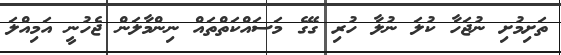
ތަށިމުށި ނުޖަހާ ކުލަ ނުލާ ހުރި ގޭގެ މަސައްކަތްތައް ނިންމާލަން ޖެހުނީ އަމިއްލަ